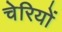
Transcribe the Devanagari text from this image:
चेरियों